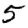
Digit: 5